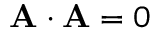
\mathbf { A \cdot A } = 0